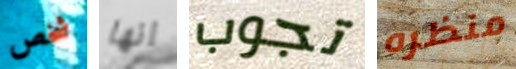
شخص انها تجوب منظره